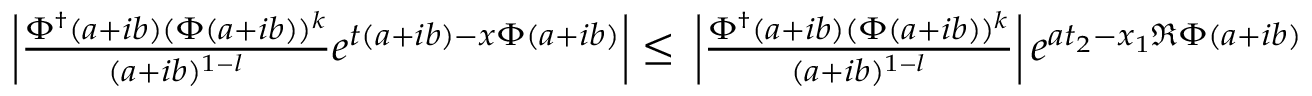
\begin{array} { r } { \left| \frac { \Phi ^ { \dagger } ( a + i b ) ( \Phi ( a + i b ) ) ^ { k } } { ( a + i b ) ^ { 1 - l } } e ^ { t ( a + i b ) - x \Phi ( a + i b ) } \right| \leq \, \left| \frac { \Phi ^ { \dagger } ( a + i b ) ( \Phi ( a + i b ) ) ^ { k } } { ( a + i b ) ^ { 1 - l } } \right| e ^ { a t _ { 2 } - x _ { 1 } \Re \Phi ( a + i b ) } } \end{array}